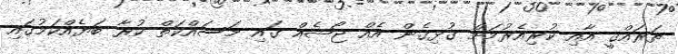
ތަރައްޤީ އާއި ކުރިއެރުމަށް ގުޅިގެން އެއް ޖޯޝެއް ގައި މަސައްކަތް ކުރާ ބަޔެއްކަމުގައި